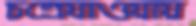
চল্রেযাওয়ায়